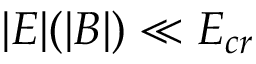
| E | ( | B | ) \ll E _ { c r }